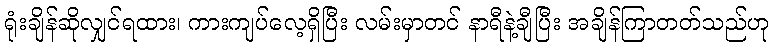
ရုံးချိန်ဆိုလျှင်ရထား၊ ကားကျပ်လေ့ရှိပြီး လမ်းမှာတင် နာရီနဲ့ချီပြီး အချိန်ကြာတတ်သည်ဟု